Lunatic asylums Punjab 1911-1921 - 1911-1921
Year: 1911
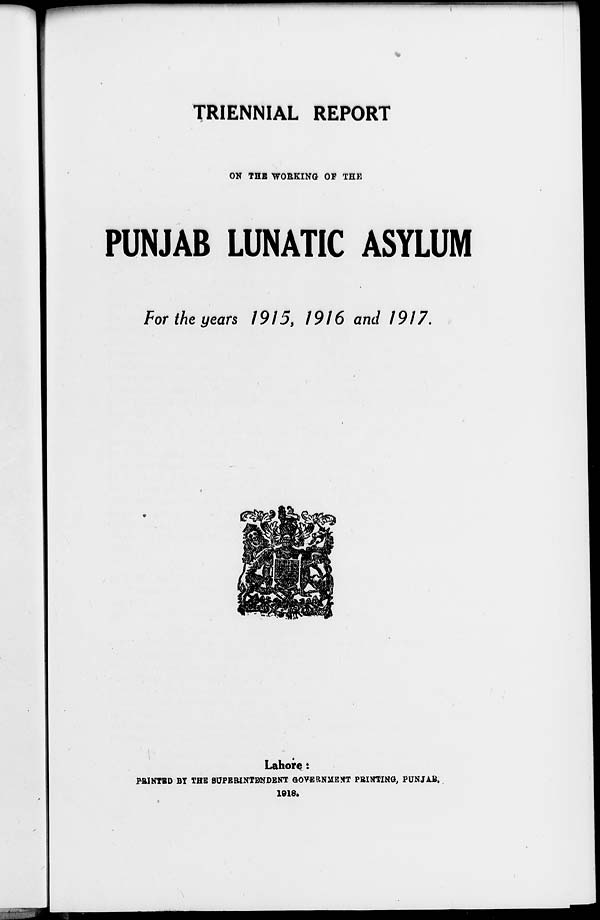
TRIENNIAL REPORT
ON THE WORKING OF THE
PUNJAB LUNATIC ASYLUM
For the years 1915, 1916 and 1917.
Lahore :
PRINTED BY THE SUPERINTENDENT GOVERNMENT PRINTING , PUNJAB
1918.